Report on sanitation, dispensaries, and jails in Rajputana for 1915, and on vaccination for the year 1915-1916 - 1915-1916
Year: 1915
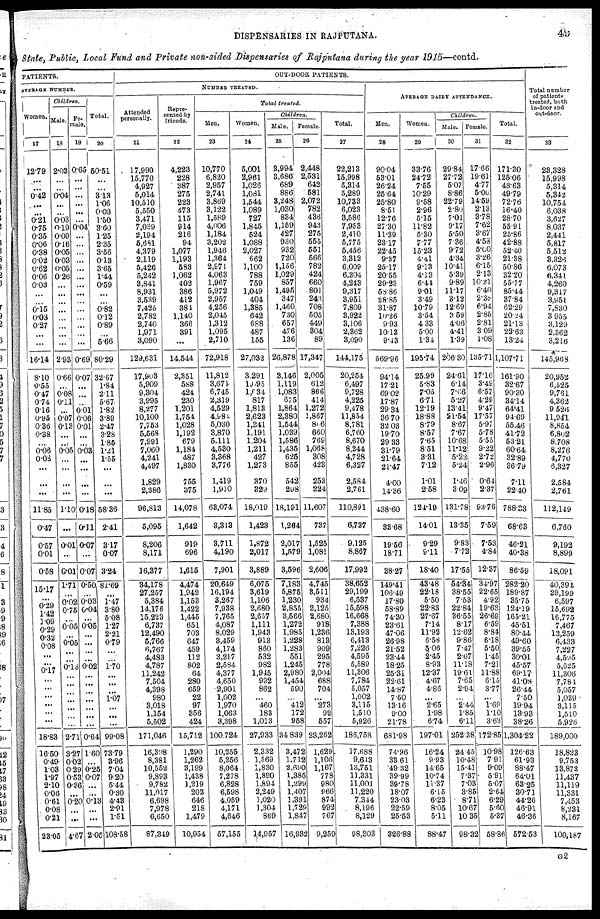
DISPENSARIES IN RAJPUTANA.
49
State, Public, Local Fund and Private non-aided Dispensaries of Rajputana during the year 1915—contd.
PATIENTS.
AVERAGE NUMBER.
Women.
17
12.79
...
...
0.42
...
...
0.21
0.75
0.35
0.06
0.38
0.02
0.62
0.06
0.03
... ...
0.15
0.03
0.27
... ...
16.14
8.10
0.55
0.47
0.74
0.16
0.95
0.36
0.38
...
0.06
0.08
...
...
...
11.85
0.47
0.57
0.01
0.58
15.17
...
0.29
1.42
1.09
0.29
0.32
0.08
...
...
0.17
....
... ...
...
...
...
...
18.83
16.50
0.49
1.03
1.97
2.10
0.06
0.61
0.08
0.21
23.05
Children.
Male.
18
2.03
...
...
0.04
...
...
0.03
0.19
0.09
0.16
0.05
0.03
0.05
0.26
...
...
...
...
...
...
...
...
2.93
0.66
...
0.08
0.11
...
0.07
0.13
...
...
0.05
...
...
...
...
1.10
...
0.01
...
0.01
1.71
...
0.02
0.75
...
0.05
...
0.05
...
...
0.13
...
...
...
...
...
...
...
2.71
3.27
0.02
0.29
0.53
0.36
...
0.20
...
...
4.67
Fe¬
male.
19
0.65
...
...
...
...
...
...
0.04
...
...
...
...
...
...
...
...
...
...
...
...
...
...
0.69
0.07
...
...
...
0.01
0.06
0.01
...
...
0.03
...
...
...
...
0.18
0.11
0.07
...
0.07
0.50
...
0.03
0.04
...
0.05
...
...
...
...
0.02
...
...
...
...
...
...
...
0.64
1.60
...
0.25
0.07
...
...
0.13
...
...
2.05
Total.
20
50.51
...
...
3.13
1.06
0.03
1.50
3.60
1.25
2.35
3.56
0.13
3.65
1.44
0.59
...
...
0.82
0.12
0.89
...
5.66
80.29
32.67
1.84
2.11
5.67
1.82
3.89
2.47
3.28
1.85
1.21
1.65
...
...
...
58.36
2.41
3.17
0.07
3.24
81.69
...
1.47
3.80
5.08
1.27
2.21
0.79
...
...
1.70
...
...
...
1.07
...
...
...
99.08
73.79
3.96
7.04
9.20
5.44
0.30
4.43
2.91
1.51
108.58
OUT-DOOR PATIENTS.
NUMBER TREATED.
Attended
personally.
21
17,990
15,770
4,927
5,014
10,510
5,550
3,471
7,039
2,194
5,681
4,379
2,119
5,426
5,242
3,841
8,931
3,539
7,425
2,782
2,740
1,971
3,090
129,631
17,903
5,909
9,304
3,995
8,277
10,100
7,753
5,568
7,991
7,060
4,241
4,497
1,829
2,386
96,813
5,095
8,206
8,171
16,377
34,178
27,257
5,384
14,176
15,223
6,737
12,490
5,766
6,767
4,483
4,787
11,242
7,504
4,398
980
3,018
1,154
5,502
171,046
16,398
8,381
10,552
9,893
9,782
11,017
6,698
7,978
6,650
87,349
Repre¬
sented by
friends.
22
4,223
228
387
275
223
473
115
914
216
94
1,077
1,193
583
1,062
402
386
412
381
1,140
366
391
...
14,544
2,351
588
424
230
1,201
1,754
1,028
1,192
679
1,184
487
1,830
755
375
14,078
1,642
919
696
1,615
4,474
1,942
1,153
1,422
1,445
651
703
647
459
112
802
64
280
659
22
97
356
424
15,712
1,290
1,262
3,199
1,438
1,219
203
646
218
1,479
10,954
Total treated.
Men.
23
10,770
6,820
2,957
2,741
3,869
3,122
1,589
4,006
1,184
3,202
1,946
1,364
2,971
4,063
1,967
5,972
2,957
4,256
2,045
1,312
1,095
2,710
72,918
11,812
3,674
6,745
2,319
4,529
4,984
5,030
3,870
5,111
4,530
3,368
3,776
1,419
1,910
68,074
3,313
3,711
4,190
7,901
20,649
16,194
3,267
7,938
7,765
4,087
8,029
3,459
4,174
3,217
2,584
4,377
4,650
2,901
1,002
1,970
1,063
3,398
100,724
10,255
5,256
8,064
7,278
6,828
6,598
4,059
4,171
4,646
57,155
Women.
24
5,001
2,961
1,026
1,081
1,544
1,089
727
1,845
524
1,088
2,027
662
1,100
788
759
1,049
404
1,385
642
688
487
155
27,032
3,291
l,095
1,034
817
1,813
2,623
1,341
1,191
1,204
1,211
427
1,273
370
329
18,019
1,423
1,872
2,017
3,889
6,075
3,619
1,106
2,680
2,657
1,111
1,943
913
860
532
982
1,945
992
862
...
460
183
1,013
27,933
2,332
1,569
1,830
1,890
1,894
2,249
1,020
1,304
869
14,957
Children.
Male.
25
3,994
3,686
689
886
3,248
1,030
834
1,159
427
930
932
720
1,156
1,029
857
1,495
347
1,460
730
657
476
136
26,878
3,146
1,119
1,083
675
1,864
2,380
1,544
1,039
1,586
1,435
625
855
542
298
18,191
1,264
2,017
1,579
3,596
7,183
5,875
1,230
2,855
3,566
1,272
1,985
1,228
1,283
551
1,245
2,980
1,454
590
...
412
172
958
34,839
3,472
1,712
2,690
1,385
l,299
1,407
1,391
1,729
1,847
16,932
Female.
26
2,448
2,531
642
581
2,072
782
436
943
275
555
551
566
782
424
660
801
243
708
505
449
304
89
17,347
2,005
612
866
414
1,272
1,867
806
660
769
1,068
308
423
253
224
11,607
737
1,525
1,081
2,606
4,745
3,511
934
2,125
2,680
918
1,236
813
909
295
778
2,004
688
704
...
273
92
557
23,262
1,629
1,106
1,167
778
980
966
874
992
767
9,259
Total.
27
22,213
15,998
5,314
5,289
10,733
6,023
3,586
7,953
2,410
5,775
5,456
3,312
6,009
6,304
4,243
9,317
3,951
7,809
3,922
3,106
2,362
3,090
144,175
20,254
6,497
9,728
4,225
9,478
11,854
8,781
6,760
8,670
8,244
4,728
6,327
2,584
2,761
110,891
6,737
9,125
8,867
17,992
38,652
29,199
6,537
15,598
16,668
7,388
13,193
6,413
7,226
4,595
5,589
11,306
7,784
5,057
1,002
3,115
1,510
5,926
186,758
17,688
9,643
13,751
11,331
11,001
11,220
7,344
8,196
8,129
98,303
AVERAGE DAILY ATTENDANCE.
Men.
28
90.04
53.01
26.24
26.64
25.80
8.51
12.76
27.30
11.39
23.17
22.45
9.37
25.17
20.55
29.23
58.86
28.85
31.87
10.26
9.93
10.13
9.43
569.96
94.14
17.21
69.02
17.87
29.34
36.70
32.03
19.70
29.33
31.79
21.64
21.47
4.00
14.36
138.60
33.68
19.56
18.71
38.27
149.41
106.49
17.80
58.89
74.30
23.61
47.06
26.98
21.52
23.44
18.25
25.31
22.61
14.87
7.50
13.16
9.00
21.78
681.98
74.96
33.61
49.32
39.99
39.78
18.07
23.03
22.59
25.53
326.88
Women.
29
33.76
24.72
7.55
10.29
9.58
2.96
5.15
11.82
5.30
7.77
15.23
4.41
9.13
4.13
6.41
9.01
3.49
10.79
3.54
4.33
5.00
1.34
195.74
25.99
5.83
7.05
6.71
12.19
18.88
8.79
8.57
7.65
8.51
3.31
7.12
1.01
2.58
124.19
14.01
9.29
9.11
18.40
43.48
22.18
5.50
22.83
27.67
7.14
11.92
6.58
5.06
2.45
8.93
12.37
4.67
4.86
...
2.65
1.98
6.74
197.01
16.24
9.93
14.65
10.74
11.37
6.15
6.23
8.05
5.11
88.47
Children.
Male.
30
29.84
27.72
5.07
8.86
22.79
2.80
7.01
9.17
5.50
7.36
9.72
4.34
10.41
5.39
9.89
11.17
3.12
12.69
3.59
4.06
4.41
1.39
206.30
24.61
6.14
7.66
5.27
13.41
21.54
8.67
7.67
10.68
11.12
5.22
5.24
1.46
3.09
131.78
13.35
9.83
7.72
17.55
54.34
38.55
7.53
22.84
36.55
8.17
12.62
9.86
7.47
2.67
11.18
19.61
7.65
2.94
...
2.44
1.85
6.11
252.38
24.45
10.48
15.41
7.37
7.03
3.85
8.71
10.67
10.35
98.32
Female.
31
17.66
19.61
4.77
5.00
14.59
2.13
3.78
7.62
3.67
4.58
5.00
3.26
6.15
2.13
10.21
6.40
2.38
6.94
2.85
2.81
3.09
1.08
135.71
17.16
3.49
6.57
4.29
9.47
17.57
5.97
5.78
5.55
9.22
2.72
2.96
0.64
2.37
93.76
7.59
7.53
4.84
12.37
34.97
22.65
4.92
19.63
26.69
6.59
8.84
6.18
5.50
1.45
7.21
11.88
6.15
3.77
...
1.69
1.10
3.63
172.85
10.98
7.91
9.09
5.91
5.07
2.64
6.29
5.60
5.37
58.86
Total.
32
171.30
125.06
43.63
49.79
72.76
16.40
28.70
55.91
25.86
42.88
52.40
21.38
50.86
32.20
55.77
85.44
37.84
62.29
20.24
21.13
22.63
13.24
1,107.71
161.90
32.67
90.30
34.14
64.41
94.69
55.46
41.72
53.21
60.64
32.89
36.79
7.11
22.40
788.33
68.63
46.21
40.38
86.59
282.20
189.87
35.75
124.19
165.21
45.51
80.44
49.60
39.55
30.01
45.57
69.17
41.08
26.44
7.50
19.94
13.93
38.26
1,304.22
126.63
61.93
88.47
64.01
63.25
30.71
44.26
46.91
46.36
572.53
Total number
of patients
treated, both
in-door and
out-door.
33
23,328
15,998
5,314
5,342
10,754
6,038
3,627
8,037
2,441
5,817
5,512
3,326
6,073
6,341
4,260
9,317
3,951
7,830
3,955
3,129
2,362
3,216
145,968
20,952
6,525
9,761
4,362
9.526
11,941
8,854
6,802
8,708
8,276
4,770
6,327
2.584
2,761
112,149
6,760
9,192
8,899
18,091
40,394
29,199
6,597
15,692
16,775
7,467
13,259
6,433
7,227
4,595
5,625
11,306
7,781
5,057
1,039
3,115
1,510
5,926
189,000
18,823
9,753
13,873
11,437
11,119
11,331
7,453
8,231
8,167
100,187
G2